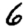
Digit: 6